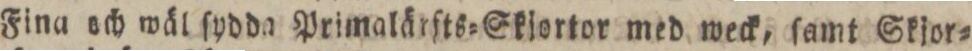
Fina och wäl ſydda Primalärſts=Skiortor med weck, ſamt Skjor=